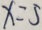
x = 5